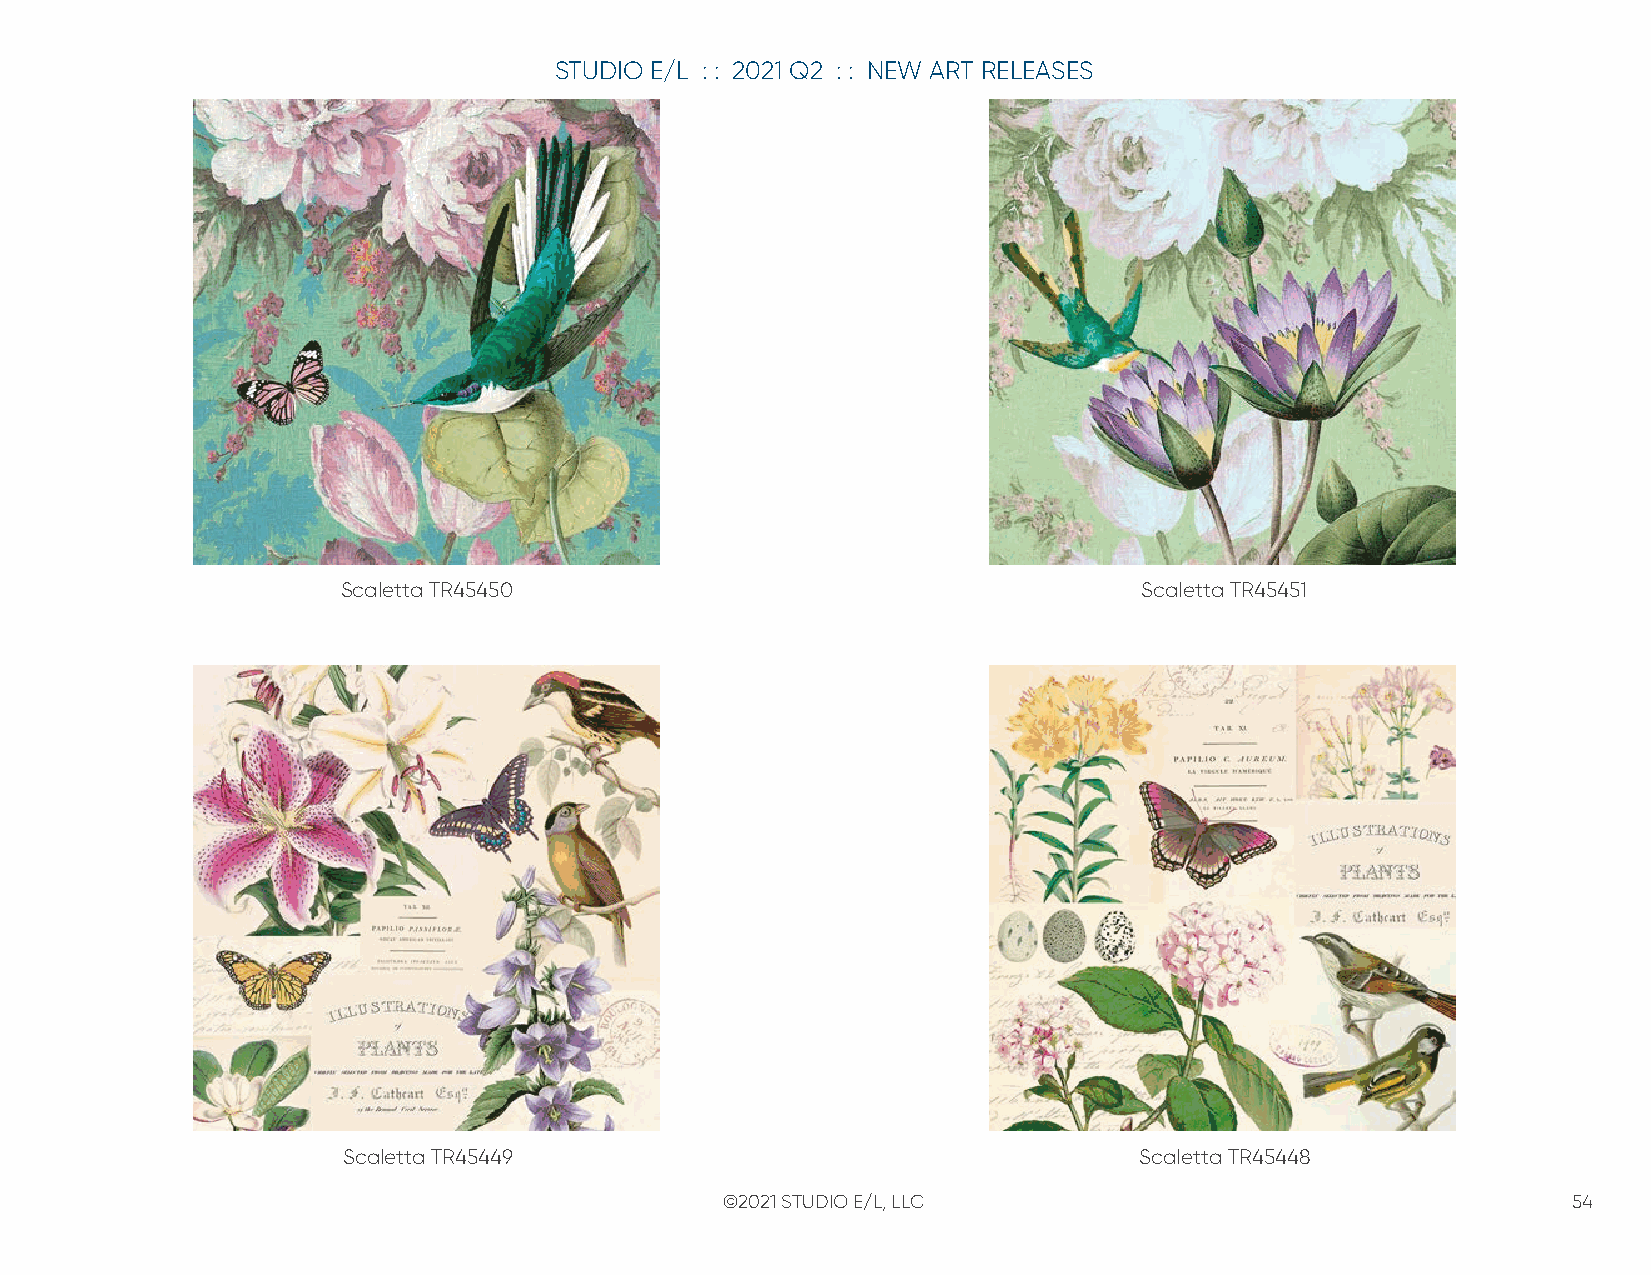
STUDIO E/L : : 2021 Q2 : : NEW ART RELEASES
 Scaletta TR45450                                     Scaletta TR45451
 Scaletta TR45449                                    Scaletta TR45448
 ©2021 STUDIO E/L, LLC                                   54